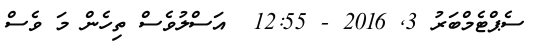
ސެޕްޓެމްބަރު 3